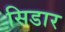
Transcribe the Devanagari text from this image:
सिडार